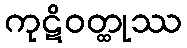
ကုဋိဝတ္ထုဿ